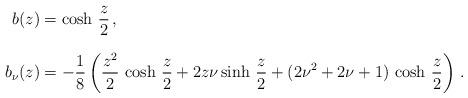
LaTeX: \begin{align*} b (z) & = \cosh \, \frac{z}{2}\, , \\*[0.3cm] b_\nu (z) & = - \frac{1}{8} \left( \frac{z^2}{2}\, \cosh \, \frac{z}{2} + 2z \nu \sinh \, \frac{z}{2} + (2\nu^2 + 2\nu+1)\, \cosh \, \frac{z}{2}\right)\, .\end{align*}